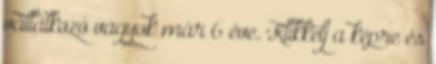
vállalkozó vagyok már 6 éve. Klikkelj a képre és